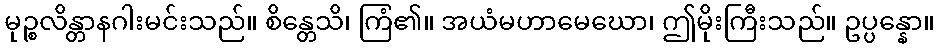
မုဉ္စလိန္တာနဂါးမင်းသည်။ စိန္တေသိ၊ ကြံ၏။ အယံမဟာမေဃော၊ ဤမိုးကြီးသည်။ ဥပ္ပန္နော။